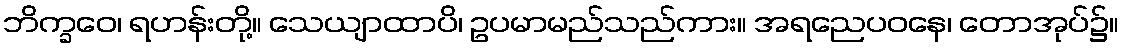
ဘိက္ခဝေ၊ ရဟန်းတို့။ သေယျာထာပိ၊ ဥပမာမည်သည်ကား။ အရညေပဝနေ၊ တောအုပ်၌။